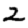
Digit: 2